Riigikantselei, lk 60
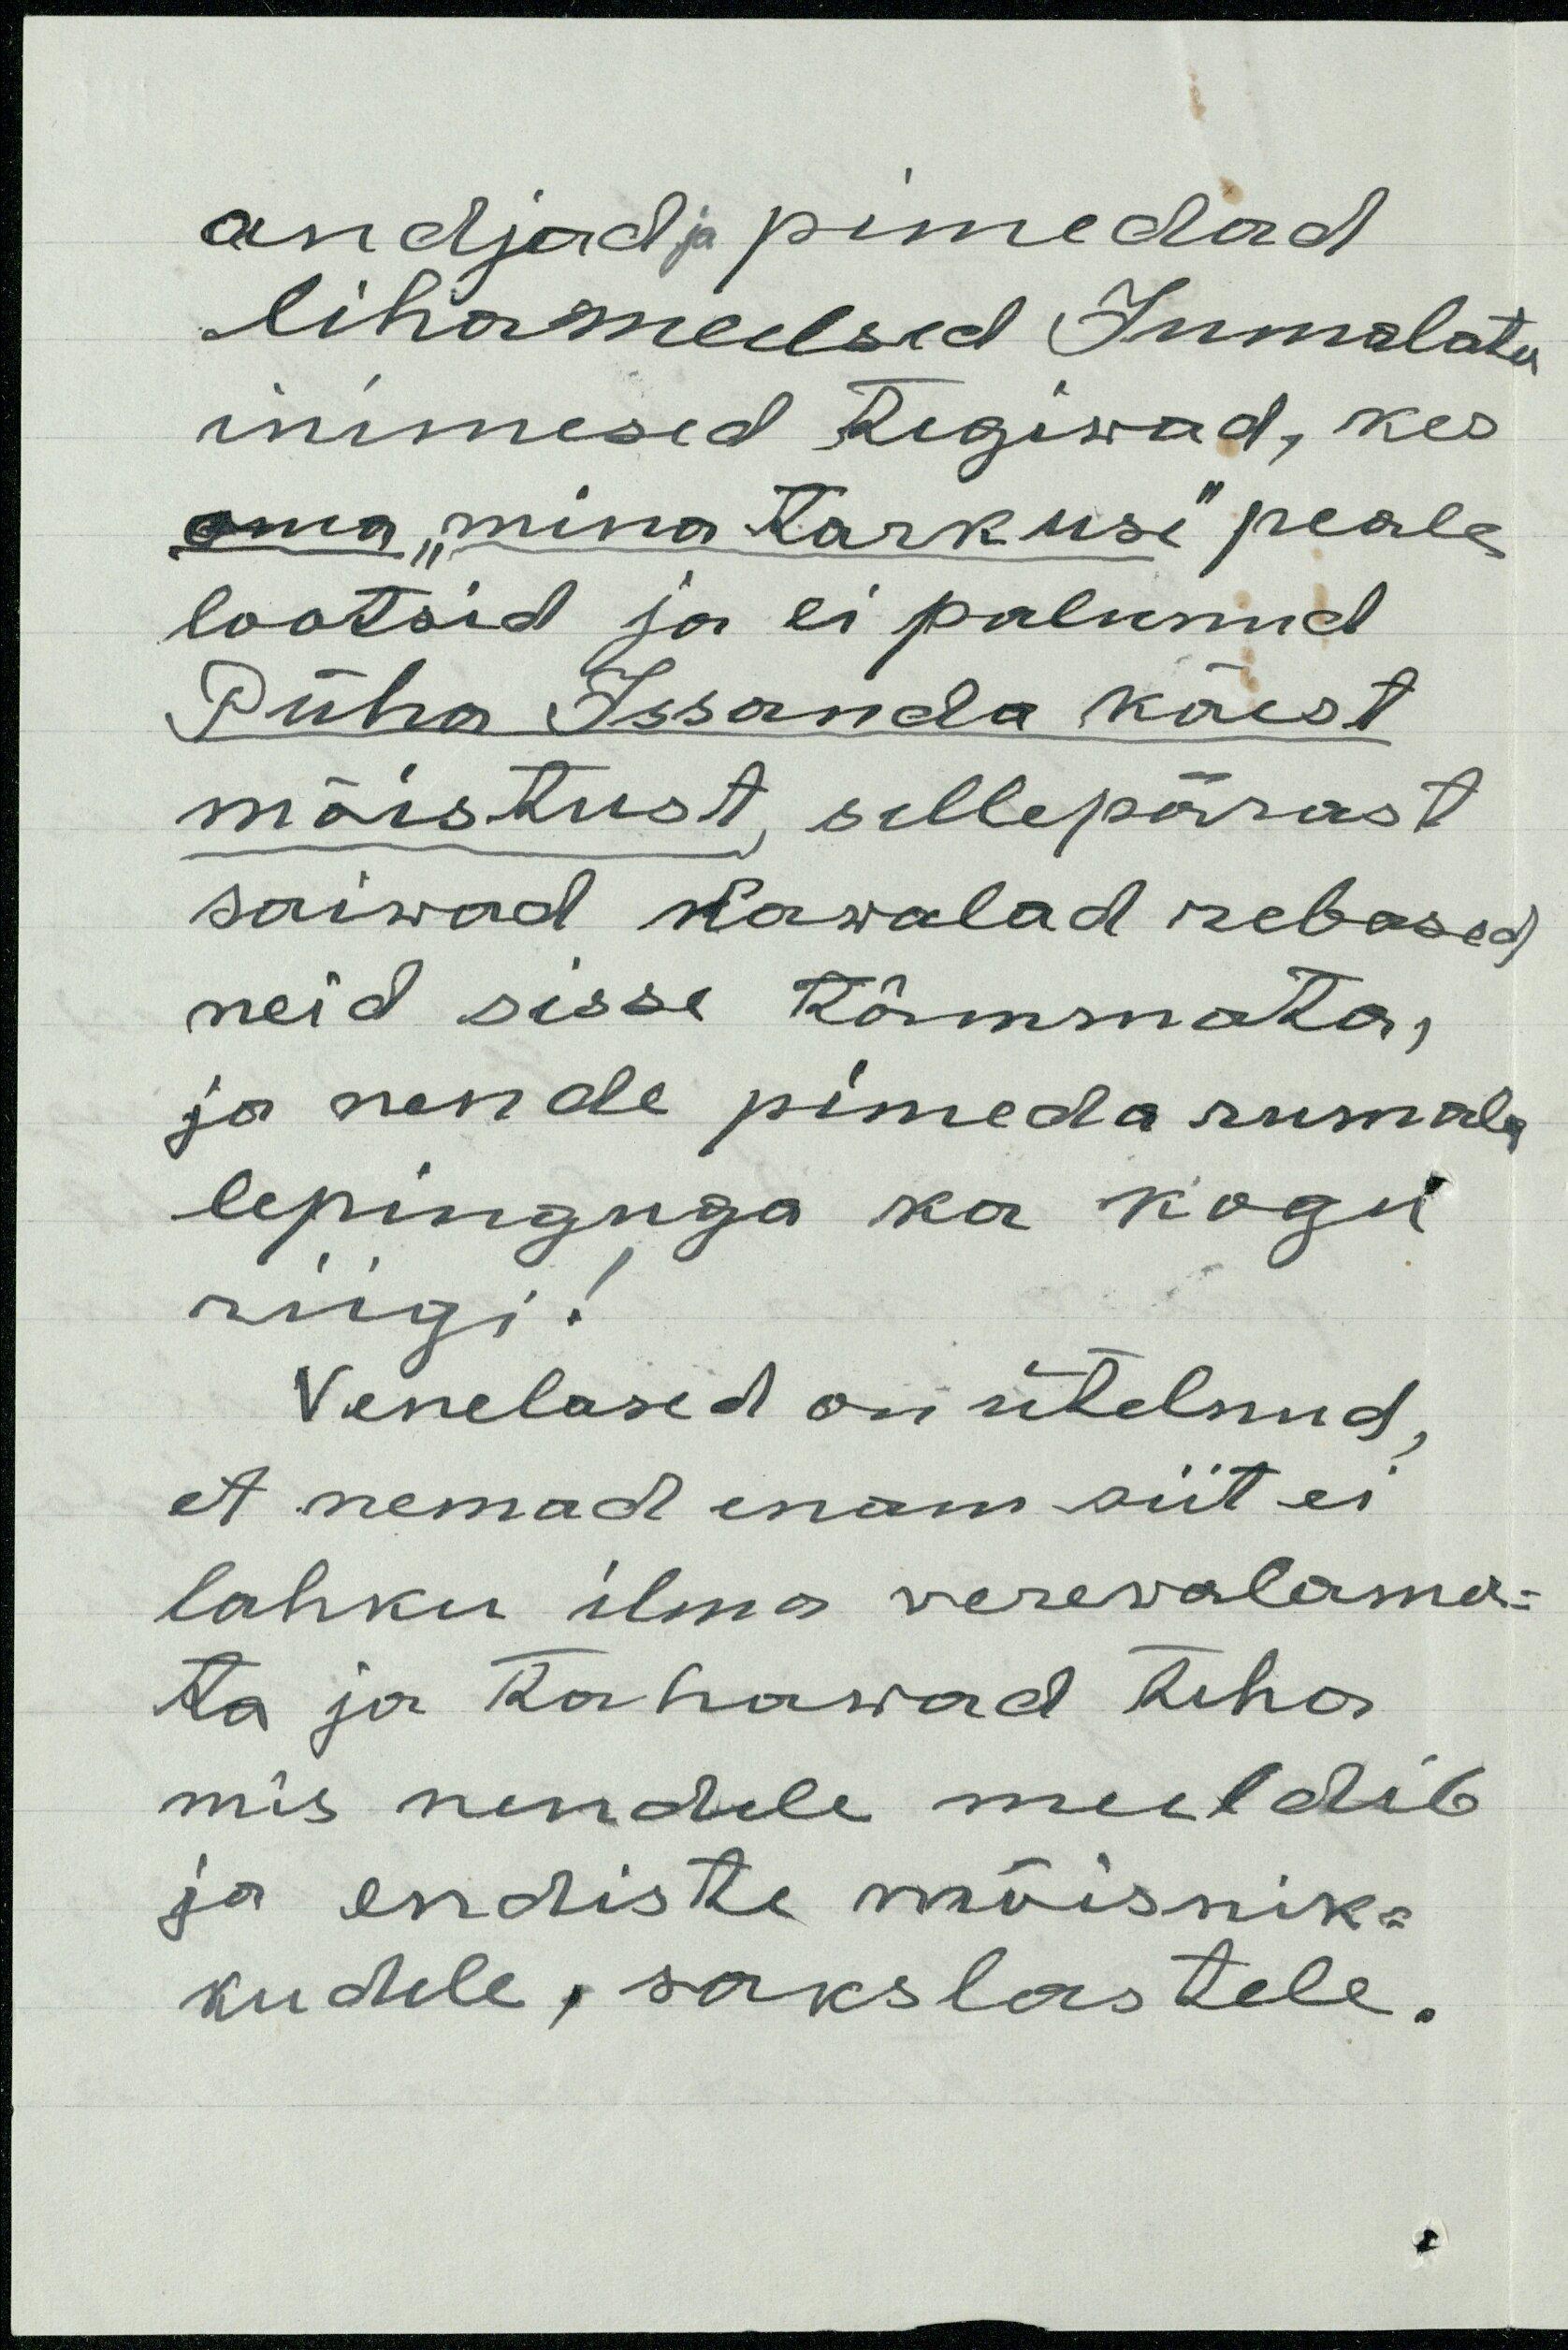
andjad ja pimedad
lihameelsid Jumalatu
inimesed tegiwad, kes
oma "mina tarkuse" peale
lootsid ja ei palunud
Püha Issanda käest
mõistust, sellepärast
saiwad kawalad rebased
neid sisse tõmmata,
ja nende pimeda rumala
lepinguga ka kogu
riigi!
Venelased on ütelnud,
et nemad enam siit ei
lahku ilma verevalama-
ta ja tohiwad teha
mis nendele meeldib
ja endiste mõisnik-
kudele, sakslastele.